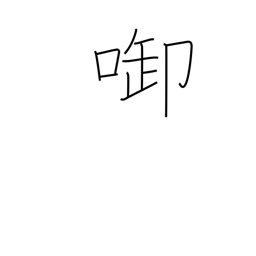
Meaning: hold in mouth or between teeth